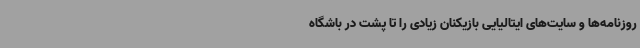
روزنامه‌ها و سایت‌های ایتالیایی بازیکنان زیادی را تا پشت در باشگاه